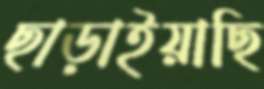
ছাড়াইয়াছি